38_143685_box_Incident_Summaries_173-233
Agency: Department of War
Page 25
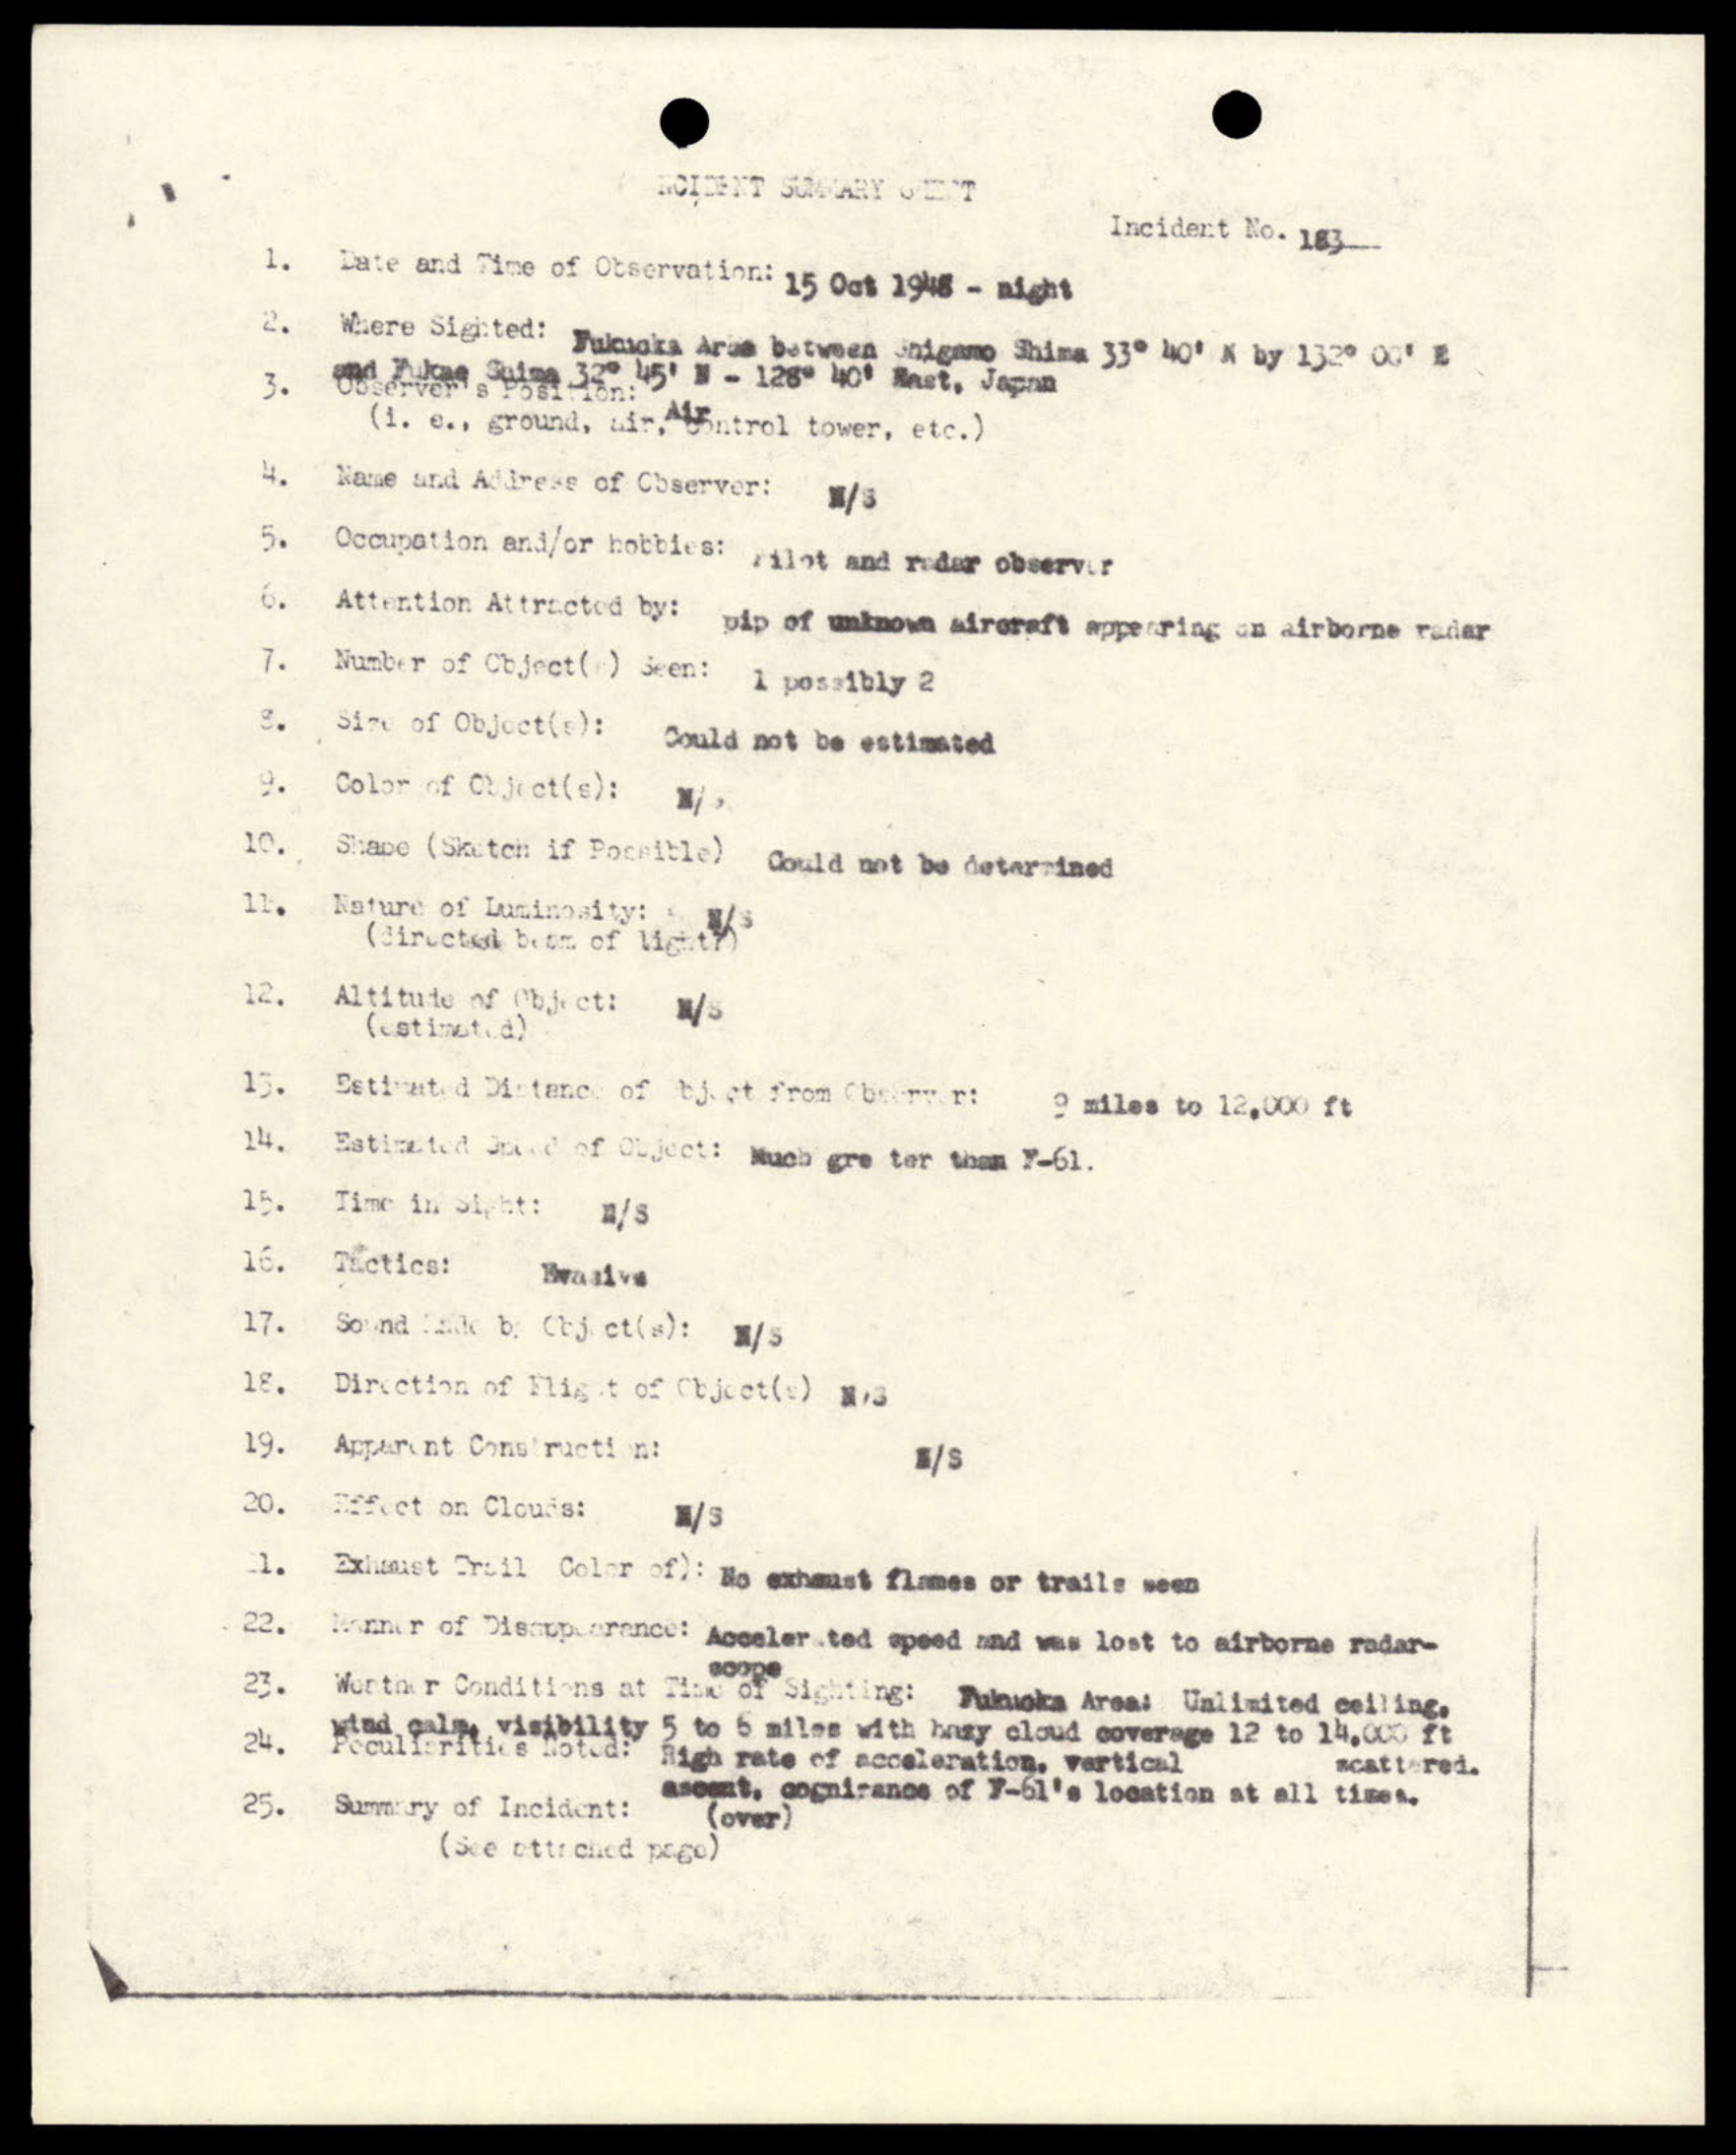